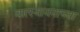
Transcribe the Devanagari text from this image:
वात्स्यायनाच्या